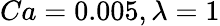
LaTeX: Ca=0.005,\lambda=1